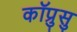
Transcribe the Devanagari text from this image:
कॉप्रुसु